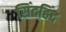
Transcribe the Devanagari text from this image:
सिंदहिंद